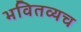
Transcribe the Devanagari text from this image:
भवितव्यच